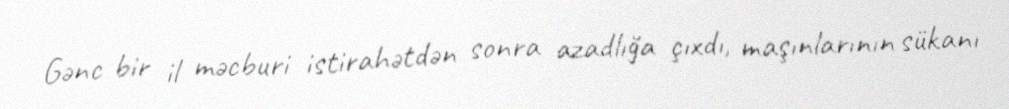
Gənc bir il məcburi istirahətdən sonra azadlığa çıxdı, maşınlarının sükanı